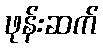
ဖုန်းဆက်